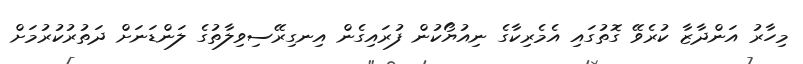
މިހާރު އަންދާޒާ ކުރެވޭ ގޮތުގައި އެމެރިކާގެ ނިއުޔޯކުން ފުރައިގެން އިނގިރޭސިވިލާތުގެ ލަންޑަނަށް ދަތުރުކުރުމަށް